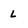
Character: l